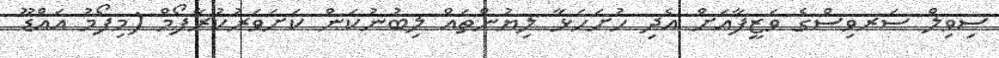
ސިވިލް ސަރވިސްގެ ވަޒީފާއަށް އެދި ހުށަހަޅާ ލިޔުންތައް ލިބުނުކަން ކަށަވަރުކުރާފޯމް (މިފޯމު އައްޑޫ